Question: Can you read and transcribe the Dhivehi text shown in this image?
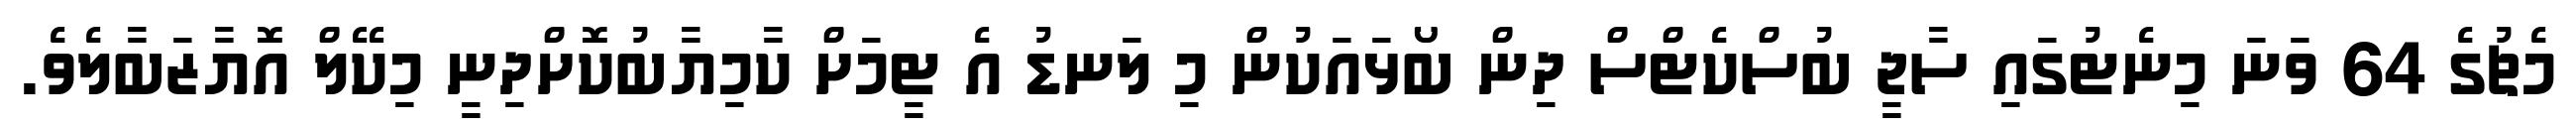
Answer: މެޗުގެ 64 ވަނަ މިނެޓުގައި ސާޖީ ބުސްކެޓްސް ދިން ބޯޅައަކުން މި ލަނޑު އެ ޓީމަށް ކާމިޔާބުކޮށްދިނީ މިކޭލް އޮޔާޒަބާލެވެ.